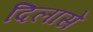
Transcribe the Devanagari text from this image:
दिलासे